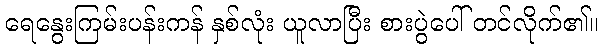
ရေနွေးကြမ်းပန်းကန် နှစ်လုံး ယူလာပြီး စားပွဲပေါ် တင်လိုက်၏။